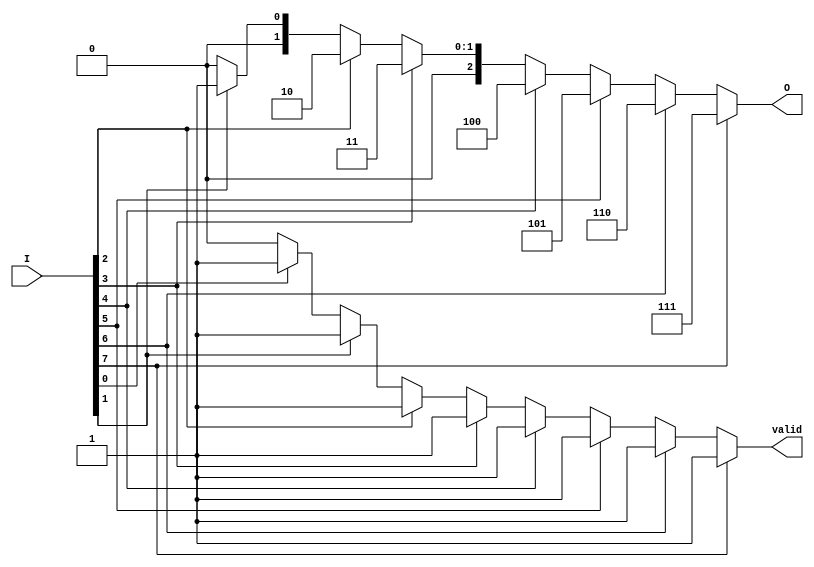
module encoder_8_to_3 (
    input  wire [7:0] I,     // 8 input lines
    output reg  [2:0] O,     // 3 output lines
    output reg        valid    // Valid output signal
);

always @(*) begin
    // Default values
    O = 3'b000;  // Default output
    valid = 1'b0; // Default valid signal

    // Priority encoding
    if (I[7]) begin
        O = 3'b111; // Output for I[7]
        valid = 1'b1;
    end else if (I[6]) begin
        O = 3'b110; // Output for I[6]
        valid = 1'b1;
    end else if (I[5]) begin
        O = 3'b101; // Output for I[5]
        valid = 1'b1;
    end else if (I[4]) begin
        O = 3'b100; // Output for I[4]
        valid = 1'b1;
    end else if (I[3]) begin
        O = 3'b011; // Output for I[3]
        valid = 1'b1;
    end else if (I[2]) begin
        O = 3'b010; // Output for I[2]
        valid = 1'b1;
    end else if (I[1]) begin
        O = 3'b001; // Output for I[1]
        valid = 1'b1;
    end else if (I[0]) begin
        O = 3'b000; // Output for I[0]
        valid = 1'b1;
    end
    // If all inputs are low, O remains 3'b000 and valid remains 1'b0
end

endmodule